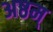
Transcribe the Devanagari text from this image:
अष्ठम्‌